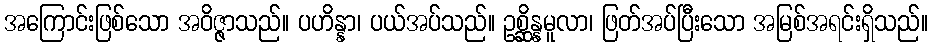
အကြောင်းဖြစ်သော အဝိဇ္ဇာသည်။ ပဟိန္နာ၊ ပယ်အပ်သည်။ ဥစ္ဆိန္နမူလာ၊ ဖြတ်အပ်ပြီးသော အမြစ်အရင်းရှိသည်။